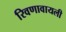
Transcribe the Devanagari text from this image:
रिवणावायली